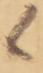
候